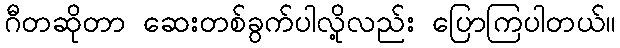
ဂီတဆိုတာ ဆေးတစ်ခွက်ပါလို့လည်း ပြောကြပါတယ်။